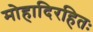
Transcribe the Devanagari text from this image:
मोहादिरहितः